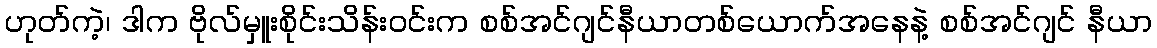
ဟုတ်ကဲ့၊ ဒါက ဗိုလ်မှူးစိုင်းသိန်းဝင်းက စစ်အင်ဂျင်နီယာတစ်ယောက်အနေနဲ့ စစ်အင်ဂျင် နီယာ